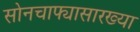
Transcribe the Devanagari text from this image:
सोनचाफ्यासारख्या